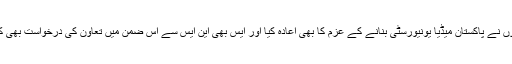
انہوں نے پاکستان میڈیا یونیورسٹی بنانے کے عزم کا بھی اعادہ کیا اور ایس بھی این ایس سے اس ضمن میں تعاون کی درخواست بھی کی۔